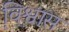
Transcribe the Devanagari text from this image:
वि़श्वास